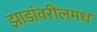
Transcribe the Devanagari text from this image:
झाडांवरीलमध